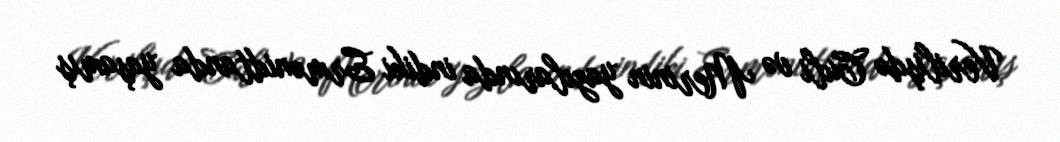
Verilişdə Culi və Merinin yazılarında indiki Ermənidtanda yaşamış